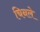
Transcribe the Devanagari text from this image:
चिनले